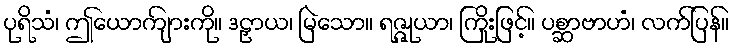
ပုရိသံ၊ ဤယောကျ်ားကို။ ဒဠှာယ၊ မြဲသော။ ရဇ္ဇုယာ၊ ကြိုးဖြင့်။ ပစ္ဆာဗာဟံ၊ လက်ပြန်။